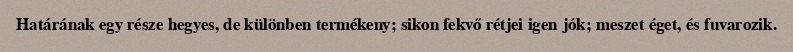
Határának egy része hegyes, de különben termékeny; sikon fekvő rétjei igen jók; meszet éget, és fuvarozik.